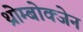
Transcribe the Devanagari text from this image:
थ्रोम्बोक्जेन